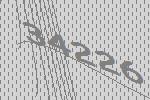
34226